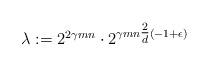
LaTeX: \begin{align*} \lambda := 2^{2\gamma m n} \cdot 2^{\gamma m n \tfrac{2}{d} \left(-1 + \epsilon \right)}\end{align*}